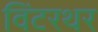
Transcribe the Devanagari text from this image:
विंटरथर